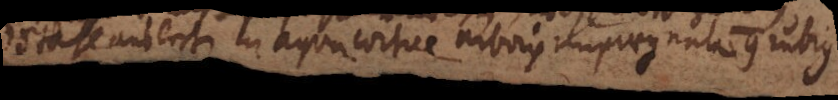
Stahl ausleschen in aqua cortice arboris impraegnata contra rubrig.